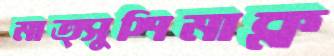
মাত্সুশিমাক্ল